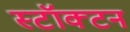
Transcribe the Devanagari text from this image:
स्टॉक्टन